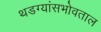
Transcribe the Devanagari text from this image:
थडग्यांसभोवताल